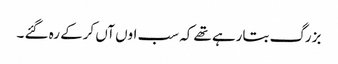
بزرگ بتارہے تھے کہ سب اوں آں کرکے رہ گئے ۔